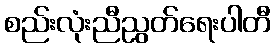
စည်းလုံးညီညွတ်ရေးပါတီ